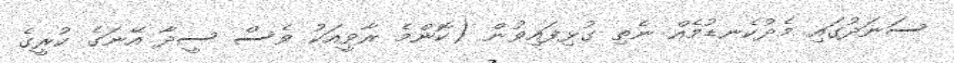
ސަނަދުގައި މެދުކެނޑުމެއް ނެތި ގުޅިފައިވުން (ކޮންމެ ރާވީއަކު ވެސް ސީދާ އޭނަގެ ކުރީގެ